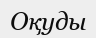
Оқуды